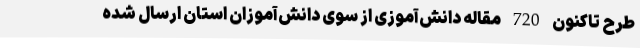
طرح تاکنون 720 مقاله دانش‌آموزی از سوی دانش‌آموزان استان ارسال شده